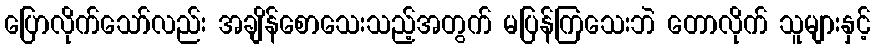
ပြောလိုက်သော်လည်း အချိန်စောသေးသည့်အတွက် မပြန်ကြသေးဘဲ တောလိုက် သူများနှင့်